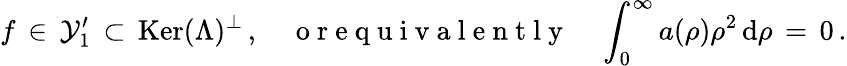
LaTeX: f\, \in\, \mathcal{Y}_{1}^{\prime}\, \subset\, \mathop{\mathrm{Ker}}(\Lambda)^{\perp}\, ,\quad\mathrm{~o~r~e~q~u~i~v~a~l~e~n~t~l~y~}\quad\int_{0}^{\infty}a(\rho)\rho^{2}\, \mathrm{d}\rho\, =\, 0\, .